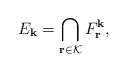
\begin{align*}\displaystyle E_{\bf{k}}= \bigcap_{{\bf{r}}\in \mathcal{K}} F_{{\bf{r}}}^{\bf{k}},\end{align*}